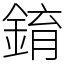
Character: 錥